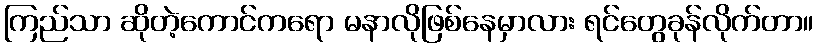
ကြည်သာ ဆိုတဲ့ကောင်ကရော မနာလိုဖြစ်နေမှာလား ရင်တွေခုန်လိုက်တာ။